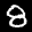
Label: 8